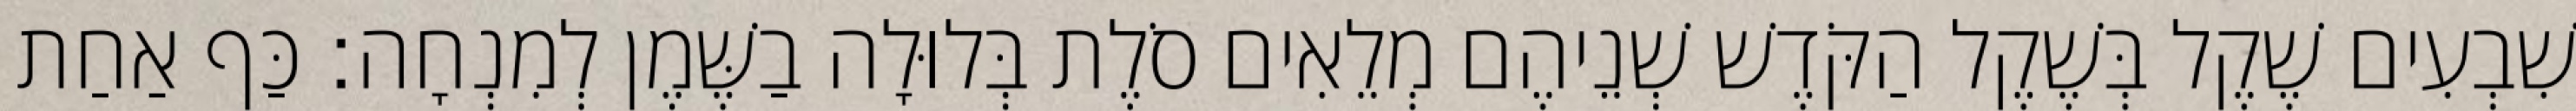
שִׁבְעִים שֶׁקֶל בְּשֶׁקֶל הַקֹּדֶשׁ שְׁנֵיהֶם מְלֵאִים סֹלֶת בְּלוּלָה בַשֶּׁמֶן לְמִנְחָה׃ כַּף אַחַת